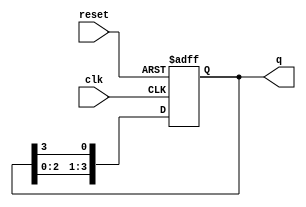
module ring_counter #(
    parameter N = 4  // Number of flip-flops (bits in the counter)
)(
    input wire clk,      // Clock input
    input wire reset,    // Asynchronous reset
    output reg [N-1:0] q // Output state of the counter
);

// Initial state
initial begin
    q = 1'b1; // Start with the first flip-flop set to '1'
end

// Always block for synchronous operation
always @(posedge clk or posedge reset) begin
    if (reset) begin
        q <= 1'b1; // Reset state
    end else begin
        // Shift the '1' to the next flip-flop in the ring
        q <= {q[N-2:0], q[N-1]}; // Shift left and wrap around
    end
end

endmodule